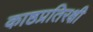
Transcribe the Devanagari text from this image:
काष्ठप्रतिरक्षी